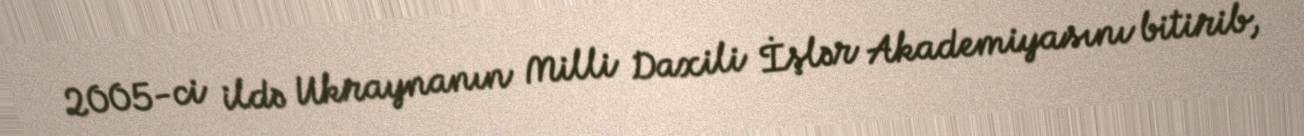
2005-ci ildə Ukraynanın Milli Daxili İşlər Akademiyasını bitirib,